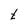
Character: t